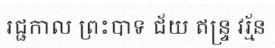
រជ្ជកាល ព្រះបាទ ជ័យ ឥន្ទ្រ វរ្ម័ន